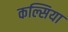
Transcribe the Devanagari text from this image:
कल्सिया